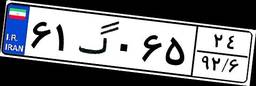
۳۷گ۹۷۲۰۴